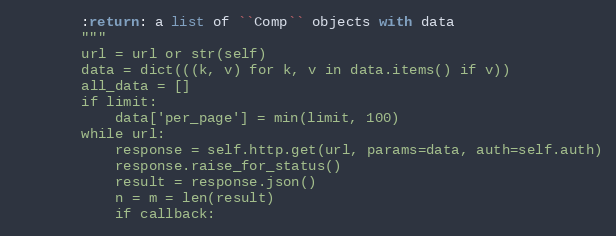
Language: Python
        :return: a list of ``Comp`` objects with data
        """
        url = url or str(self)
        data = dict(((k, v) for k, v in data.items() if v))
        all_data = []
        if limit:
            data['per_page'] = min(limit, 100)
        while url:
            response = self.http.get(url, params=data, auth=self.auth)
            response.raise_for_status()
            result = response.json()
            n = m = len(result)
            if callback: